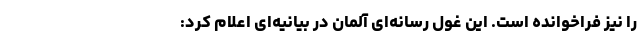
را نیز فراخوانده است. این غول رسانه‌ای آلمان در بیانیه‌ای اعلام کرد: